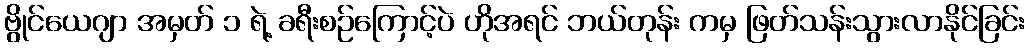
ဗွိုင်ယေဂျာ အမှတ် ၁ ရဲ့ ခရီးစဉ်ကြောင့်ပဲ ဟိုအရင် ဘယ်တုန်း ကမှ ဖြတ်သန်းသွားလာနိုင်ခြင်း